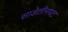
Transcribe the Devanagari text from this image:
साडेतीनपट